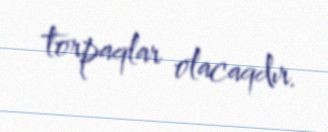
torpaqlar olacaqdır.